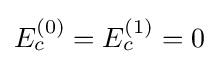
{\textstyle E_{c}^{(0)}=E_{c}^{(1)}=0}